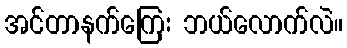
အင်တာနက်ကြေး ဘယ်လောက်လဲ။